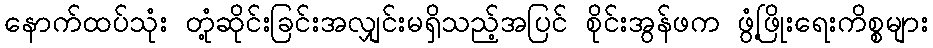
နောက်ထပ်သုံး တုံ့ဆိုင်းခြင်းအလျှင်းမရှိသည့်အပြင် စိုင်းအွန်ဖက ဖွံ့ဖြိုးရေးကိစ္စများ